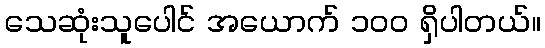
သေဆုံးသူပေါင် အယောက် ၁၀၀ ရှိပါတယ်။